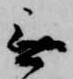
無